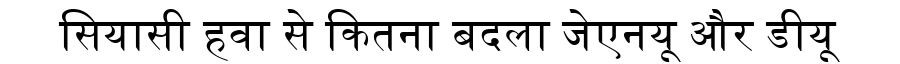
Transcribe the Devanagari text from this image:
सियासी हवा से कितना बदला जेएनयू और डीयू